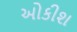
ઓકીશ